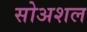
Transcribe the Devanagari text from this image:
सोअशल